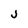
Character: j